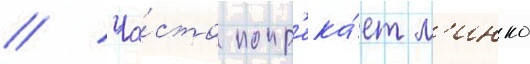
// Ча́сто попр'ека́ет м'инко